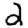
Digit: 2